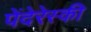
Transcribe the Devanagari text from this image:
पेंदेरेस्की